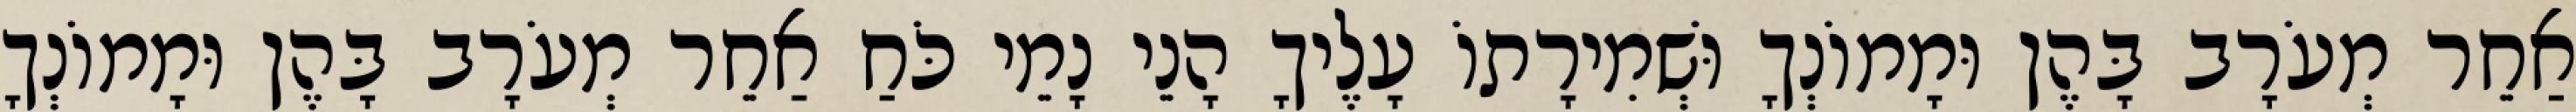
אַחֵר מְעֹרָב בָּהֶן וּמָמוֹנְךָ וּשְׁמִירָתוֹ עָלֶיךָ הָנֵי נָמֵי כֹּחַ אַחֵר מְעֹרָב בָּהֶן וּמָמוֹנְךָ